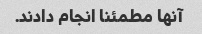
آنها مطمئنا انجام دادند.